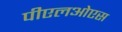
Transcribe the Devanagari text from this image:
पीएलओएस